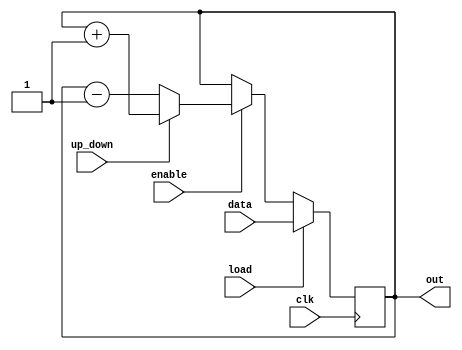
module up_down_counter #(
    parameter LEN = 8
  )(
    input clk,
    input enable,
    input up_down,
    input load,
    input [LEN-1:0] data,
    output [LEN-1:0] out
  );

  reg [LEN-1:0] count_d, count_q;
  assign out = count_q;

  always @(*) begin
    if (up_down) begin
      count_d = count_q + 1'b1;
    end else begin
      count_d = count_q - 1'b1;
    end
  end

  always @(posedge clk) begin
    if (load) begin
      count_q <= data;
    end else if (enable) begin
      count_q <= count_d;
    end
  end

endmodule // up_down_counter